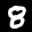
Label: 8